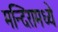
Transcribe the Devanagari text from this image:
मन्दिरामध्ये